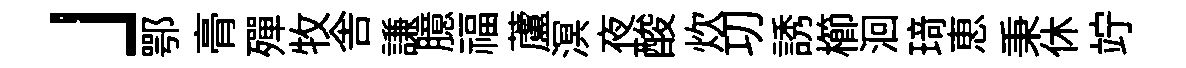
」鄂𮌔殫牧舎謙臆福蘆溟夜酸炊㓛誘櫛洄𤦺恵秉休竚